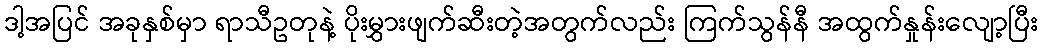
ဒါ့အပြင် အခုနှစ်မှာ ရာသီဥတုနဲ့ ပိုးမွှားဖျက်ဆီးတဲ့အတွက်လည်း ကြက်သွန်နီ အထွက်နှုန်းလျော့ပြီး